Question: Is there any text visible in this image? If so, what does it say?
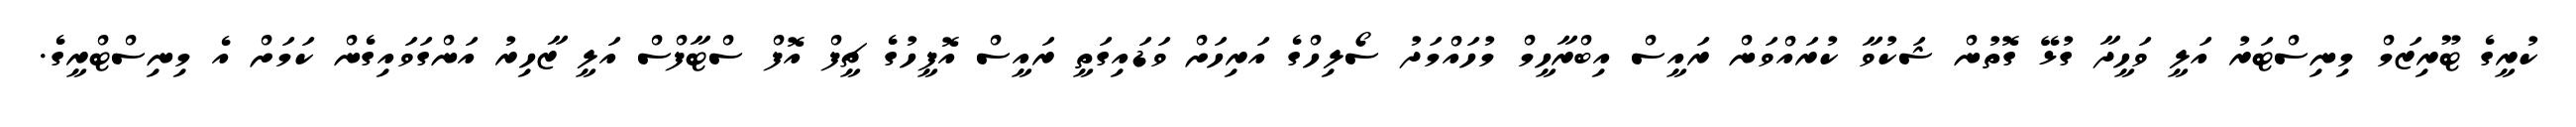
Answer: ކުރީގެ ޓޫރިޒަމް މިނިސްޓަރު އަލީ ވަހީދާ ގުޅޭ ގޮތުން ޝަކުވާ ކުރައްވަން ރައީސް އިބްރާހީމް މުހައްމަދު ސޯލިހްގެ އަރިހަށް ވަޑައިގަތީ ރައީސް އޮފީހުގެ ޗީފް އޮފް ސްޓާފްސް އަލީ ޒާހިރު އަންގަވައިގެން ކަމަށް އެ މިނިސްޓްރީގެ.